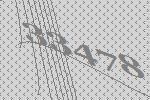
33478